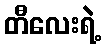
တီလေးရဲ့